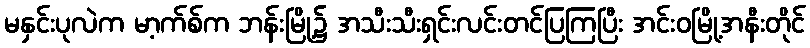
မနှင်းပုလဲက မာ့က်စ်က ဘန်းမြို့၌ အသီးသီးရှင်းလင်းတင်ပြကြပြီး အင်းဝမြို့အနီးတိုင်